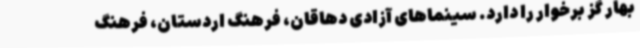
بهار گز برخوار را دارد. سینماهای آزادی دهاقان، فرهنگ اردستان، فرهنگ